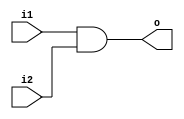
module and2(
  input wire i1,
  i2,
  output wire o
);
assign o = i1&i2;
endmodule

module or2(
  input wire i1,
  i2,
  output wire o
);
assign o = i1|i2;
endmodule

module tfr(reset,clock,t,q);
input t,clock,reset;
output reg q;
always@(posedge clock)
begin
  case({reset,t})
    2'b00 :q=q;
    2'b01 :q=~q;
    default: q=0;
  endcase
end
endmodule

module up_down_counter(
  input wire clk,
  up,
  reset,
  output wire [15:0]out
);

wire[15:0] temp;
wire[14:0] and1_out, and2_out, or_out;

tfr t1(reset, clk, 1'b1, temp[0]);

and2 a1_1(temp[0], up, and1_out[0]);
and2 a1_2(!temp[0], !up, and2_out[0]);
or2 o1(and1_out[0], and2_out[0], or_out[0]);
tfr t2(reset, clk, or_out[0], temp[1]);

and2 a2_1(temp[1], and1_out[0], and1_out[1]);
and2 a2_2(!temp[1], and2_out[0], and2_out[1]);
or2 o2(and1_out[1], and2_out[1], or_out[1]);
tfr t3(reset, clk, or_out[1], temp[2]);

and2 a3_1(temp[2], and1_out[1], and1_out[2]);
and2 a3_2(!temp[2], and2_out[1], and2_out[2]);
or2 o3(and1_out[2], and2_out[2], or_out[2]);
tfr t4(reset, clk, or_out[2], temp[3]);

and2 a4_1(temp[3], and1_out[2], and1_out[3]);
and2 a4_2(!temp[3], and2_out[2], and2_out[3]);
or2 o4(and1_out[3], and2_out[3], or_out[3]);
tfr t5(reset, clk, or_out[3], temp[4]);

and2 a5_1(temp[4], and1_out[3], and1_out[4]);
and2 a5_2(!temp[4], and2_out[3], and2_out[4]);
or2 o5(and1_out[4], and2_out[4], or_out[4]);
tfr t6(reset, clk, or_out[4], temp[5]);

and2 a6_1(temp[5], and1_out[4], and1_out[5]);
and2 a6_2(!temp[5], and2_out[4], and2_out[5]);
or2 o6(and1_out[5], and2_out[5], or_out[5]);
tfr t7(reset, clk, or_out[5], temp[6]);

and2 a7_1(temp[6], and1_out[5], and1_out[6]);
and2 a7_2(!temp[6], and2_out[5], and2_out[6]);
or2 o7(and1_out[6], and2_out[6], or_out[6]);
tfr t8(reset, clk, or_out[6], temp[7]);

and2 a8_1(temp[7], and1_out[6], and1_out[7]);
and2 a8_2(!temp[7], and2_out[6], and2_out[7]);
or2 o8(and1_out[7], and2_out[7], or_out[7]);
tfr t9(reset, clk, or_out[7], temp[8]);

and2 a9_1(temp[8], and1_out[7], and1_out[8]);
and2 a9_2(!temp[8], and2_out[7], and2_out[8]);
or2 o9(and1_out[8], and2_out[8], or_out[8]);
tfr t10(reset, clk, or_out[8], temp[9]);

and2 a10_1(temp[9], and1_out[8], and1_out[9]);
and2 a10_2(!temp[9], and2_out[8], and2_out[9]);
or2 o10(and1_out[9], and2_out[9], or_out[9]);
tfr t11(reset, clk, or_out[9], temp[10]);

and2 a11_1(temp[10], and1_out[9], and1_out[10]);
and2 a11_2(!temp[10], and2_out[9], and2_out[10]);
or2 o11(and1_out[10], and2_out[10], or_out[10]);
tfr t12(reset, clk, or_out[10], temp[11]);

and2 a12_1(temp[11], and1_out[10], and1_out[11]);
and2 a12_2(!temp[11], and2_out[10], and2_out[11]);
or2 o12(and1_out[11], and2_out[11], or_out[11]);
tfr t13(reset, clk, or_out[11], temp[12]);

and2 a13_1(temp[12], and1_out[11], and1_out[12]);
and2 a13_2(!temp[12], and2_out[11], and2_out[12]);
or2 o13(and1_out[12], and2_out[12], or_out[12]);
tfr t14(reset, clk, or_out[12], temp[13]);

and2 a14_1(temp[13], and1_out[12], and1_out[13]);
and2 a14_2(!temp[13], and2_out[12], and2_out[13]);
or2 o14(and1_out[13], and2_out[13], or_out[13]);
tfr t15(reset, clk, or_out[13], temp[14]);

and2 a15_1(temp[14], and1_out[13], and1_out[14]);
and2 a15_2(!temp[14], and2_out[13], and2_out[14]);
or2 o15(and1_out[14], and2_out[14], or_out[14]);
tfr t16(reset, clk, or_out[14], temp[15]);

assign out = temp;

endmodule